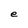
Character: e